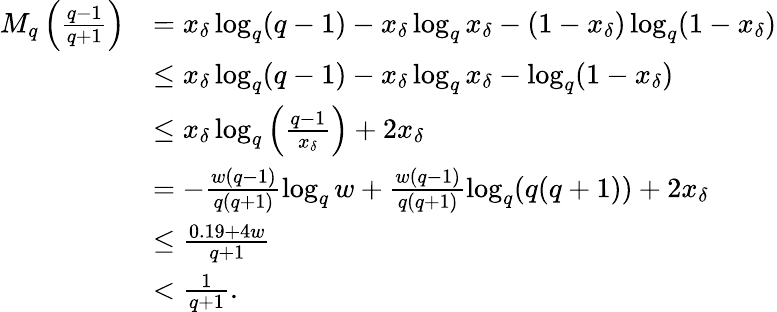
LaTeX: \begin{array}{rl}{M_{q}\left(\frac{q-1}{q+1}\right)}&{=x_{\delta}\log_{q}(q-1)-x_{\delta}\log_{q}x_{\delta}-(1-x_{\delta})\log_{q}(1-x_{\delta})}\\ &{\leq x_{\delta}\log_{q}(q-1)-x_{\delta}\log_{q}x_{\delta}-\log_{q}(1-x_{\delta})}\\ &{\leq x_{\delta}\log_{q}\left(\frac{q-1}{x_{\delta}}\right)+2x_{\delta}}\\ &{=-\frac{w(q-1)}{q(q+1)}\log_{q}{w}+\frac{w(q-1)}{q(q+1)}\log_{q}(q(q+1))+2x_{\delta}}\\ &{\leq\frac{0.19+4w}{q+1}}\\ &{<\frac{1}{q+1}.}\end{array}